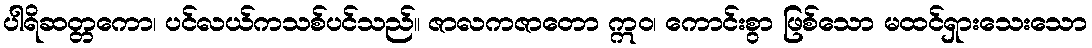
ပါရိဆတ္တကော၊ ပင်လယ်ကသစ်ပင်သည်။ ဇာလကဇာတော ဣဝ၊ ကောင်းစွာ ဖြစ်သော မထင်ရှားသေးသော